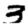
Digit: 3